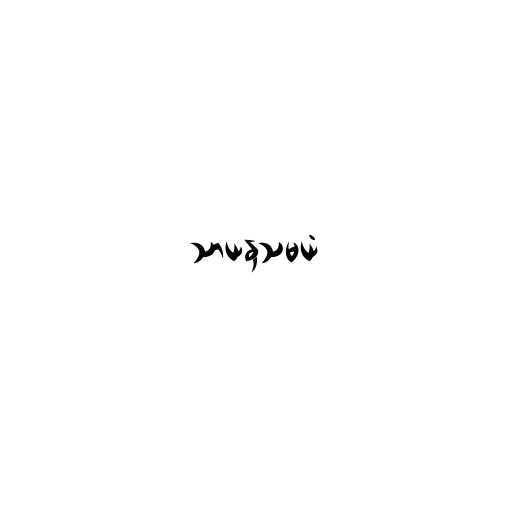
သာယနှသမယံ